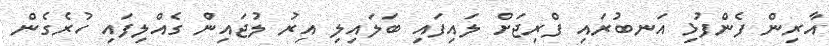
އާރިން ފެންފުޅި އަނބުރައި ފްރިޖަށް ލައިފައި ބަލައިލި އިރު ލުޖައިން ގެއްލިފައި ހުރެގެން